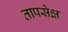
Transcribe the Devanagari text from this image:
तापसेक्ष